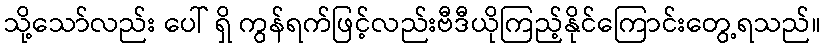
သို့သော်လည်း ပေါ် ရှိ ကွန်ရက်ဖြင့်လည်းဗီဒီယိုကြည့်နိုင်ကြောင်းတွေ့ရသည်။